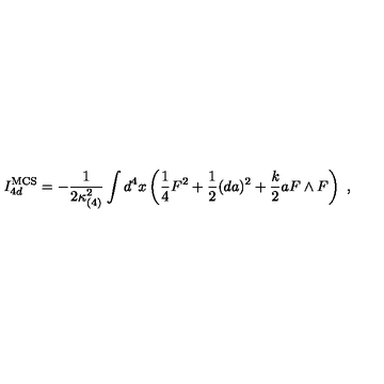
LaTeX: I _ { 4 d } ^ { \mathrm { M C S } } = - { \frac { 1 } { 2 \kappa _ { ( 4 ) } ^ { 2 } } } \int d ^ { 4 } x \left( { \frac { 1 } { 4 } } F ^ { 2 } + { \frac { 1 } { 2 } } ( d a ) ^ { 2 } + { \frac { k } { 2 } } a F \wedge F \right) \ ,